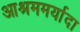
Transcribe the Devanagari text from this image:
आश्रममर्यादा